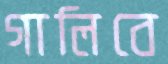
গালিবে